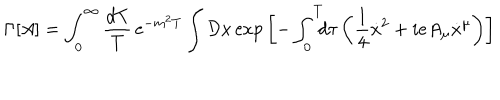
\Gamma \lbrack A \rbrack = \int _ { 0 } ^ { \infty } { \frac { d T } { T } } \, \mathrm { e } ^ { - m ^ { 2 } T } \int { \cal D } x \, \mathrm { e x p } \left[ - \int _ { 0 } ^ { T } \! \! \! d \tau \left( { \frac { 1 } { 4 } } { \dot { x } } ^ { 2 } + i e A _ { \mu } \dot { x } ^ { \mu } \right) \right]